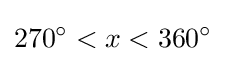
270^{\circ }<x<360^{\circ }